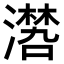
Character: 𣿏